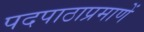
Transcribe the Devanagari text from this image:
पदपाठाप्रमाणें